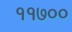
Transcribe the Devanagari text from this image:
११७००